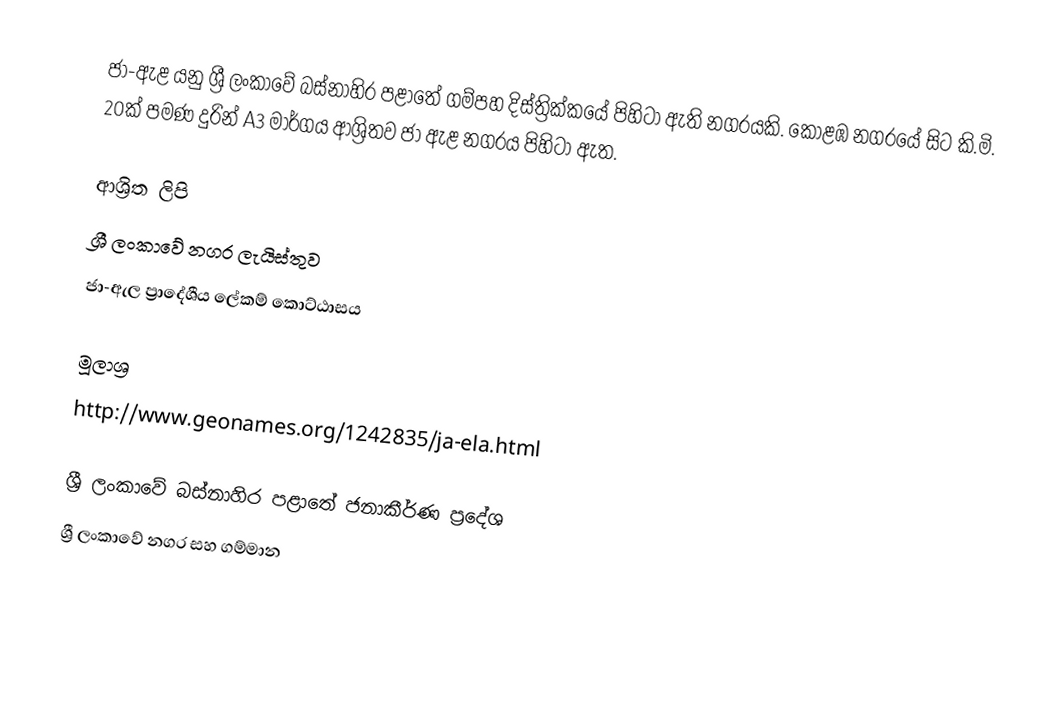
ජා-ඇළ යනු ශ්‍රී ලංකාවේ බස්නාහිර පළාතේ ගම්පහ දිස්ත්‍රික්කයේ පිහිටා ඇති නගරයකි. කොළඹ නගරයේ සිට කි.මි. 20ක් පමණ දුරින් A3 මාර්ගය ආශ්‍රිතව ජා ඇළ නගරය පිහිටා ඇත.

ආශ්‍රිත ලිපි
 ශ්‍රී ලංකාවේ නගර ලැයිස්තුව
 ජා-ඇල ප්‍රාදේශීය ලේකම් කොට්ඨාසය

මූලාශ්‍ර
http://www.geonames.org/1242835/ja-ela.html

ශ්‍රී ලංකාවේ බස්නාහිර පළාතේ ජනාකීර්ණ ප්‍රදේශ
ශ්‍රී ලංකාවේ නගර සහ ගම්මාන